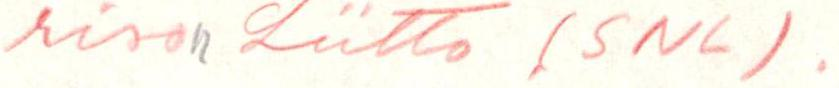
rison Liitto (SNL) .